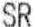
SR